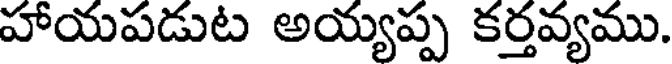
హాయపడుట అయ్యప్ప కర్తవ్యము.